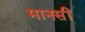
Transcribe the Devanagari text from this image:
मानसीं